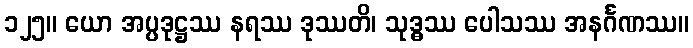
၁၂၅။ ယော အပ္ပဒုဋ္ဌဿ နရဿ ဒုဿတိ၊ သုဒ္ဓဿ ပေါသဿ အနင်္ဂဏဿ။